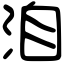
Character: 洎